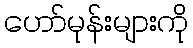
ဟော်မုန်းများကို